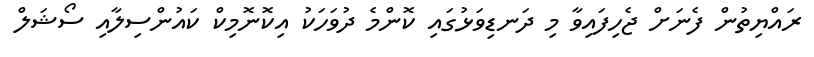
ރައްޔިތުން ފެނަށް ޖެހިފައިވާ މި ދަނޑިވަޅުގައި ކޮންމެ ދުވަހަކު އިކޮނޮމިކް ކައުންސިލާއި ސޯޝަލް